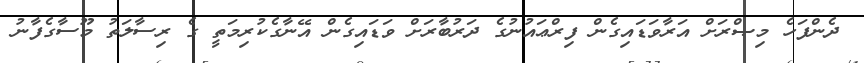
ދެންފަހެ މިޞްރަށް އަރާވަޑައިގެން ފިރްޢައުނުގެ ދަރުބާރަށް ވަޑައިގެން އޭނާގެކުރިމަތީ ގެ ރިސާލަތު މޫސާގެފާނު